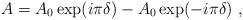
LaTeX: \begin{align*}A = A_0 \exp ( i \pi \delta ) - A_0 \exp ( -i \pi \delta ) ~,\end{align*}